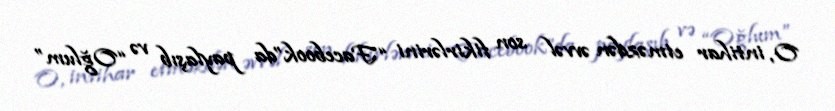
O, intihar etməzdən əvvəl son fikirlərini “Facebook”da paylaşıb və “Oğlum”